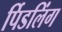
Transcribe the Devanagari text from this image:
र्पिडलिंग